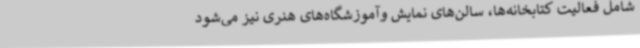
شامل فعالیت کتابخانه‌ها، سالن‌های نمایش وآموزشگاه‌های هنری نیز می‌شود